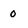
Character: 0